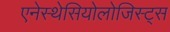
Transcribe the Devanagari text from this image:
एनेस्थेसियोलोजिस्ट्स